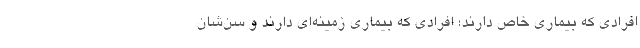
افرادی که بیماری خاص دارند؛ افرادی که بیماری زمینه‌ای دارند و سن‌شان